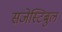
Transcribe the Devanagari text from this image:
सजेस्टिबुल